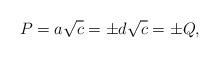
LaTeX: \begin{align*}P=a\sqrt{c}=\pm d\sqrt{c}=\pm Q,\end{align*}